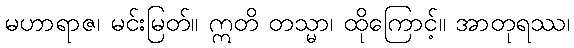
မဟာရာဇ၊ မင်းမြတ်။ ဣတိ တသ္မာ၊ ထိုကြောင့်။ အာတုရဿ၊